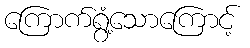
ကြောက်ရွံ့သောကြောင့်